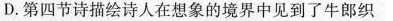
D.第四节诗描绘诗人在想象的境界中见到了牛郎织